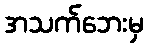
အသက်ဘေးမှ